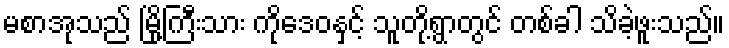
မစာအုသည် မြို့ကြီးသား ကိုဒေဝနှင့် သူတို့ရွာတွင် တစ်ခါ သိခဲ့ဖူးသည်။